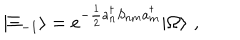
| \Xi _ { - 1 } \rangle = e ^ { - \frac { 1 } { 2 } a _ { n } ^ { \dagger } S _ { n m } a _ { m } ^ { \dagger } } | \Omega \rangle \, \, ,